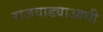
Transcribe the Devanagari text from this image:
राजवाड्याआधी